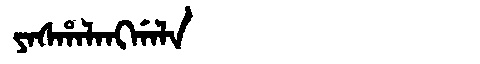
Manchu: ᠶᠠᠰᡥᠠᠯᠠᠩᡤᠠᠯᠠ
Romanization: YASHALANGGALA